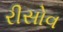
રીસોવ